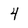
Character: 4